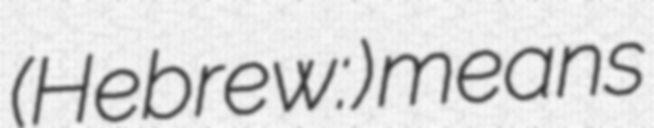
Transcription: (Hebrew: אביב) means